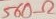
Text: 560Ω